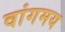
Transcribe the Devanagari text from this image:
वांगमय